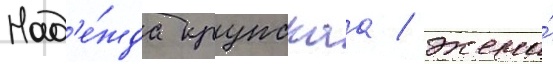
Над'е́жда крупскаа / жена́